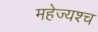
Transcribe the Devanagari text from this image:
महेज्यश्च